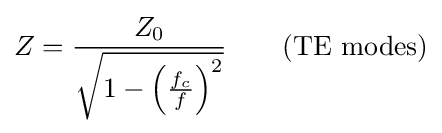
Z={\frac {Z_{0}}{\sqrt {1-\left({\frac {f_{c}}{f}}\right)^{2}}}}\qquad {\mbox{(TE modes)}}